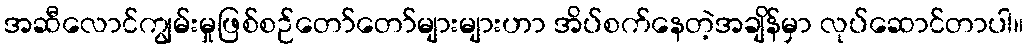
အဆီလောင်ကျွမ်းမှုဖြစ်စဉ်တော်တော်များများဟာ အိပ်စက်နေတဲ့အချိန်မှာ လုပ်ဆောင်တာပါ။